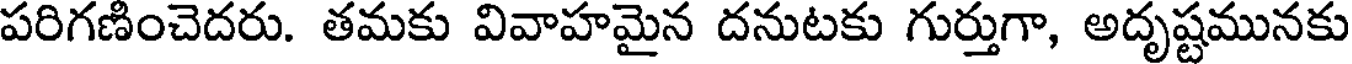
పరిగణించెదరు. తమకు వివాహమైన దనుటకు గుర్తుగా, అదృష్టమునకు